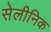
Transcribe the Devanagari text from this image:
सेलीनिक